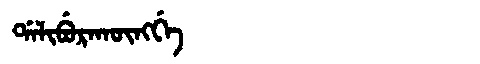
Manchu: ᡩᠠᠯᡳᠪᡠᡵᠠᡴᡡᠩᡤᡝ
Romanization: DALIBURAKŪNGGE